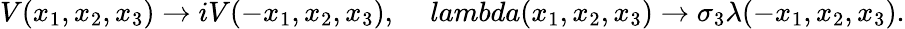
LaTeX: V(x_{1},x_{2},x_{3})\rightarrow iV(-x_{1},x_{2},x_{3}),\ \ \ \ \, lambda(x_{1},x_{2},x_{3})\rightarrow\sigma_{3}\lambda(-x_{1},x_{2},x_{3}).